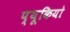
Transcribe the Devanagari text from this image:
प्यूकियो